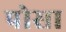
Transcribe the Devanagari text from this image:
पोसा